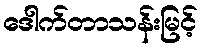
ဒေါက်တာသန်းမြင့်